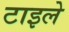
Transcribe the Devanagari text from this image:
टाइले